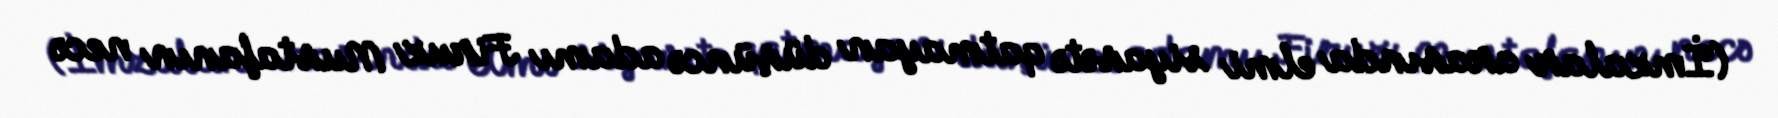
(İmzalar arasında elmi siyasətə qatmayan düşüncə adamı Firuz Mustafanın necə